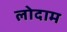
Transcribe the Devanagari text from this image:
लोदाम